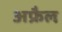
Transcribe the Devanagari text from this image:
अफ्रैल